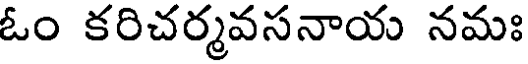
ఓం కరిచర్మవసనాయ నమః